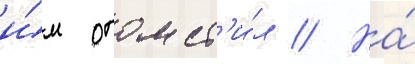
и́м отомст'и́л // На́